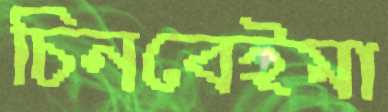
চিনবেইমা